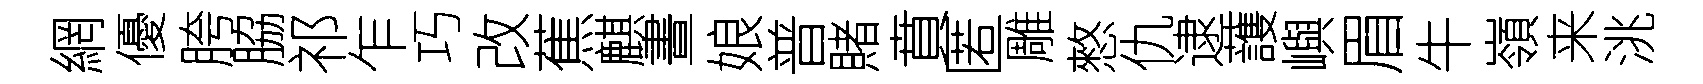
網優胯脇祁乍巧改蕉麒晝娘普賭賁匿雕憗仇逮䕶嶼眉牛嶺来洮